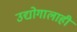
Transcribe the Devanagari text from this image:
उद्योगालाही